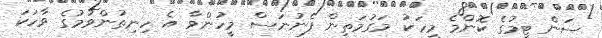
ސަން ޓީމުގެ ކޮންމެ މީހަކު މަގުމަތިން ފެނުނަސް މީހުންވާ އެ ހިނިތުންވުމުގެ ވާހަކަ